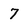
Character: 7